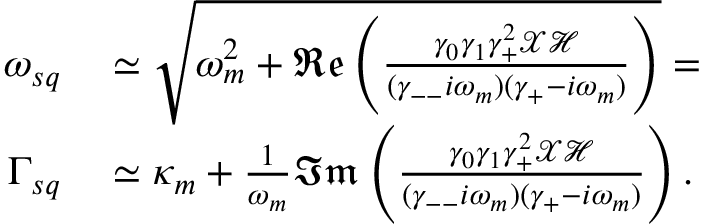
\begin{array} { r l } { \omega _ { s q } } & { { } \simeq \sqrt { \omega _ { m } ^ { 2 } + \mathfrak { R e } \left( \frac { \gamma _ { 0 } \gamma _ { 1 } \gamma _ { + } ^ { 2 } \mathcal { X } \mathcal { H } } { ( \gamma _ { -- } i \omega _ { m } ) ( \gamma _ { + } - i \omega _ { m } ) } \right) } = } \\ { \Gamma _ { s q } } & { { } \simeq \kappa _ { m } + \frac { 1 } { \omega _ { m } } \mathfrak { I m } \left( \frac { \gamma _ { 0 } \gamma _ { 1 } \gamma _ { + } ^ { 2 } \mathcal { X } \mathcal { H } } { ( \gamma _ { -- } i \omega _ { m } ) ( \gamma _ { + } - i \omega _ { m } ) } \right) . } \end{array}